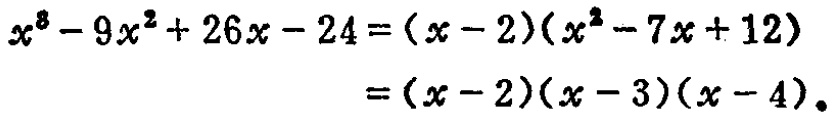
\[
\begin{align*}
x^{3}-9x^{2}+26x - 24&=(x - 2)(x^{2}-7x + 12)\\
&=(x - 2)(x - 3)(x - 4).
\end{align*}
\]